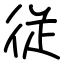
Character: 従